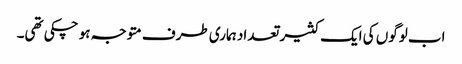
اب لوگوں کی ایک کثیر تعداد ہماری طرف متوجہ ہو چکی تھی۔